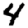
Digit: 4